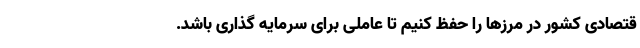
قتصادی کشور در مرز‌ها را حفظ کنیم تا عاملی برای سرمایه گذاری باشد.